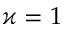
\varkappa = 1